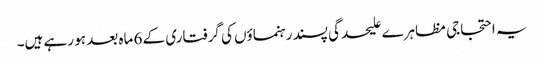
یہ احتجاجی مظاہرے علیحدگی پسند رہنماؤں کی گرفتاری کے 6 ماہ بعد ہو رہے ہیں۔